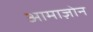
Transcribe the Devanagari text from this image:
आमाज़ोन